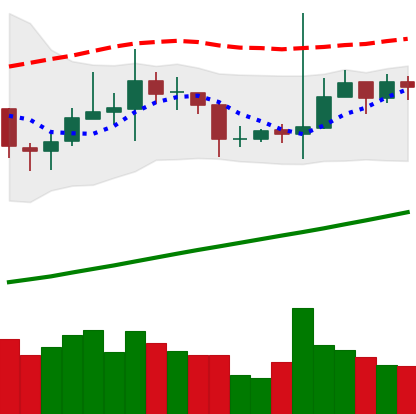
Ticker: TRX-USD
Chart end date: 2020-10-25
Forward return: -4.86%
Label: down_3_5